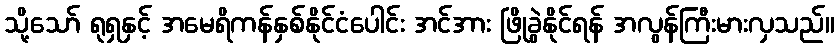
သို့သော် ရုရှနှင့် အမေရိကန်နှစ်နိုင်ငံပေါင်း အင်အား ဖြိုခွဲနိုင်ရန် အလွန်ကြီးမားလှသည်။